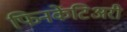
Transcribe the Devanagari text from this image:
फिनकेंटिअरी